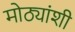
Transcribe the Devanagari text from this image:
मोठ्यांशी